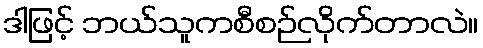
ဒါဖြင့် ဘယ်သူကစီစဉ်လိုက်တာလဲ။